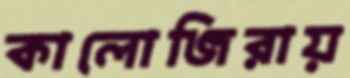
কালোজিরায়